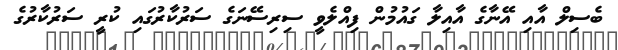
ބެސިލް އާއި އޭނާގެ އާއިލާ ގައުމުން ފިއްލެވީ ސިރިސޭނަގެ ސަރުކާރުގައި ކުރީ ސަރުކާރުގެ